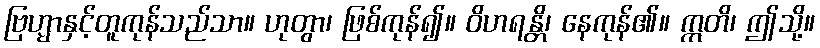
ဗြဟ္မာနှင့်တူကုန်သည်သာ။ ဟုတွာ၊ ဖြစ်ကုန်၍။ ဝိဟရန္တိ၊ နေကုန်၏။ ဣတိ၊ ဤသို့။